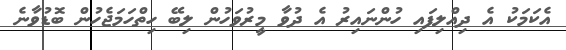
އެކަމަކު އެ ދިއްލިފައި ހުންނައިރު އެ ދުވާ މީރުވަހުން ލިބޭ ހިތްހަމަޖެހުން ބޮޑުވާނެ